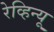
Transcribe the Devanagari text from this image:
रेव्हिन्यू